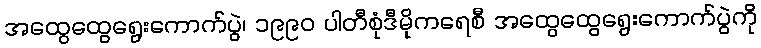
အထွေထွေရွေးကောက်ပွဲ၊ ၁၉၉၀ ပါတီစုံဒီမိုကရေစီ အထွေထွေရွေးကောက်ပွဲကို